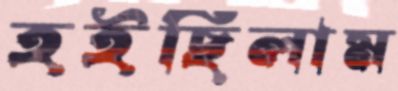
হইছিলাম